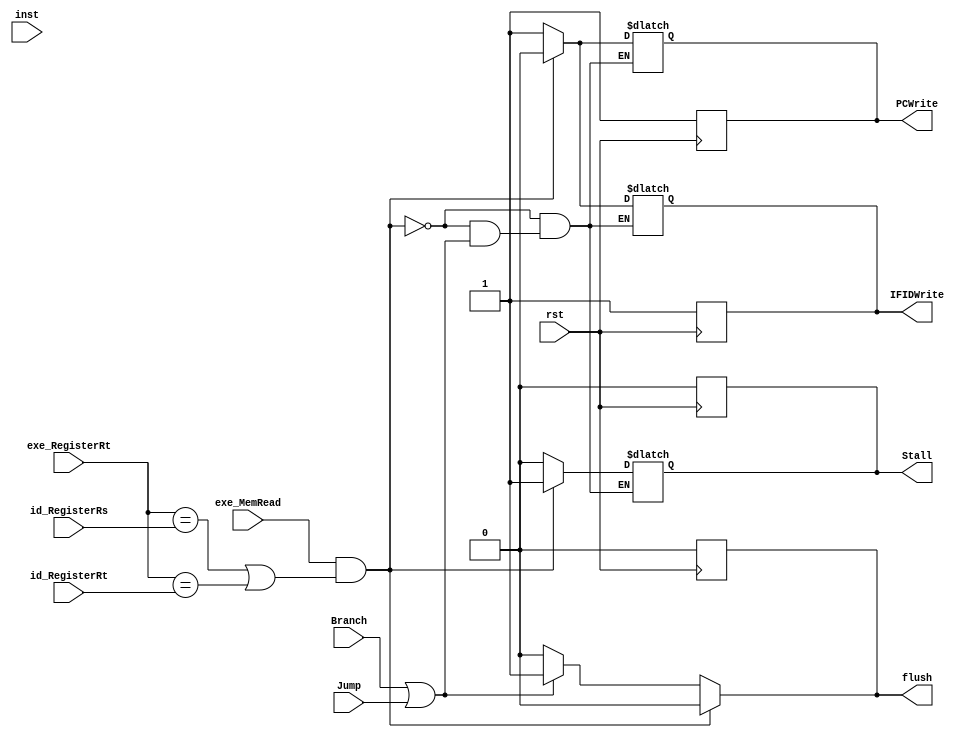
module HizardDetectionUnit(rst,inst,Branch,Jump,id_RegisterRs,id_RegisterRt,exe_RegisterRt,exe_MemRead,PCWrite,IFIDWrite,Stall,flush);
    input rst;
    input[31:0] inst;
    input Branch;
    input Jump;
    input[4:0] exe_RegisterRt;
    input[4:0] id_RegisterRs;
    input[4:0] id_RegisterRt;
    input exe_MemRead;
    output reg PCWrite;
    output reg IFIDWrite;
    output reg Stall;
    output reg flush;

    always @(posedge rst)begin
        if(rst) begin
            PCWrite = 1;
            IFIDWrite = 1;
            Stall = 0;
            flush = 0;
        end
    end
    always @(*)begin
        if(exe_MemRead&&((exe_RegisterRt==id_RegisterRs)||(exe_RegisterRt==id_RegisterRt)))
        begin
            PCWrite=0;
            IFIDWrite=0;
            Stall=1;
            flush = 0;
        end
        /**
        else if (Branch) begin
            PCWrite = 0;
            IFIDWrite = 0;
            Stall = 1;
            flush = 0;
        end
        **/
        else if(Branch||Jump)
        begin
            flush = 1;
        end
        else //BUG  
        begin
            PCWrite = 1;
            IFIDWrite = 1;
            Stall = 0;
            flush = 0;
        end
    end
endmodule